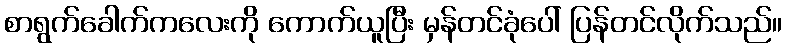
စာရွက်ခေါက်ကလေးကို ကောက်ယူပြီး မှန်တင်ခုံပေါ် ပြန်တင်လိုက်သည်။